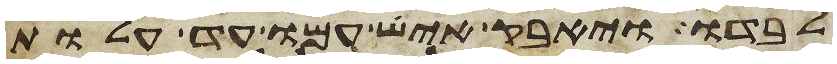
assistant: לבדו ויאבק איש עמו עד עלות